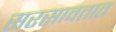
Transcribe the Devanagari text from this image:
सरसावतात